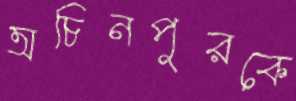
অচিনপুরকে